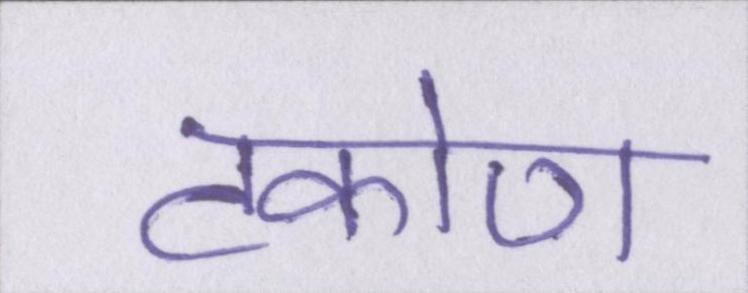
टकोण